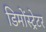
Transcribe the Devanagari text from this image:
डिमोंस्ट्रेटर